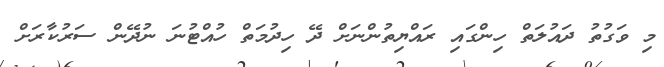
މި ވަގުތު ދައުލަތް ހިންގައި ރައްޔިތުންނަށް ދޭ ހިދުމަތް ހުއްޓުނަ ނުދޭން ސަރުކާރަށް